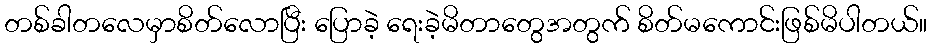
တစ်ခါတလေမှာစိတ်လောပြီး ပြောခဲ့ ရေးခဲ့မိတာတွေအတွက် စိတ်မကောင်းဖြစ်မိပါတယ်။